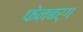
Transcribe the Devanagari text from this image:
फेनबर्ग